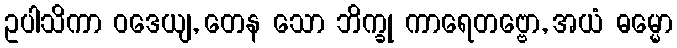
ဥပါသိကာ ဝဒေယျ, တေန သော ဘိက္ခု ကာရေတဗ္ဗော, အယံ ဓမ္မော